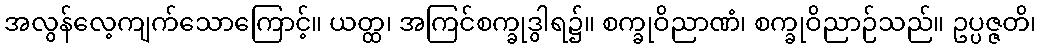
အလွန်လေ့ကျက်သောကြောင့်။ ယတ္ထ၊ အကြင်စက္ခုဒွါရ၌။ စက္ခုဝိညာဏံ၊ စက္ခုဝိညာဉ်သည်။ ဥပ္ပဇ္ဇတိ၊